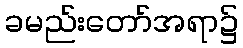
ခမည်းတော်အရာ၌